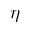
\eta